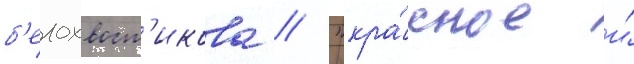
б'елохвост'икова // "кра́сное и́